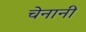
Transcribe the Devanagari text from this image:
चेनानी